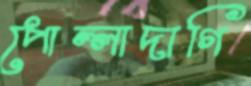
পোল্লাদাগি